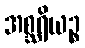
အစ္ဆရိယဉ္စ